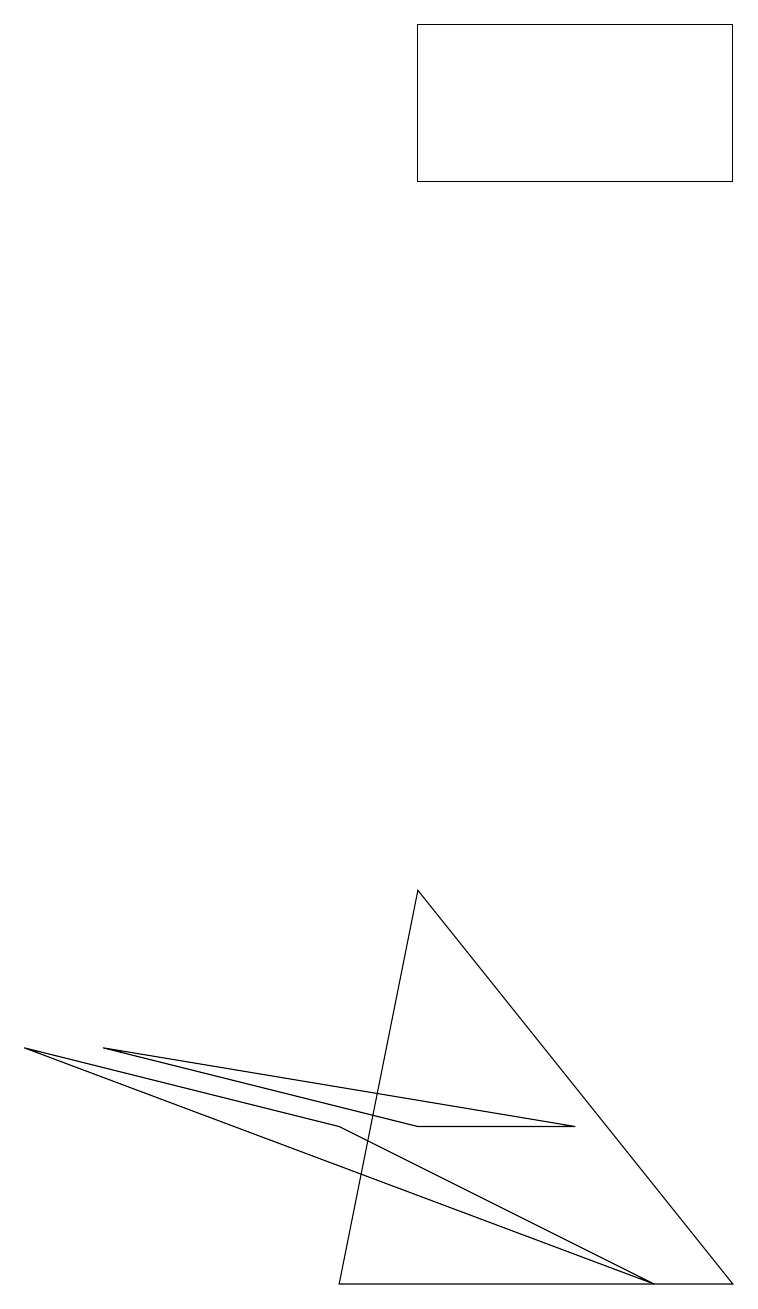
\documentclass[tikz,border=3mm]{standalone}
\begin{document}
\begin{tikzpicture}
\draw (9,15) rectangle (5,17);
\draw (5,3) -- (7,3) -- (1,4) -- cycle;
\draw (4,3) -- (8,1) -- (0,4) -- cycle;
\draw (4,1) -- (5,6) -- (9,1) -- cycle;
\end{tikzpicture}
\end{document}